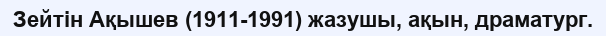
Зейтін Ақышев (1911-1991) жазушы, ақын, драматург.